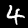
Digit: 4